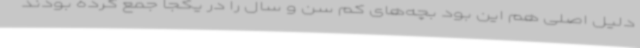
دلیل اصلی هم این بود بچه‌های کم سن و سال را در یکجا جمع کرده بودند